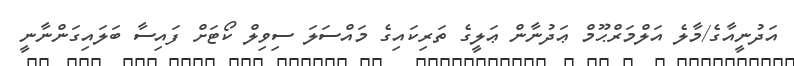
އަދުނީއާގެ/މާލެ އަލްމަރްޙޫމް ޢަދުނާން ޢަލީގެ ތަރިކައިގެ މައްސަލަ ސިވިލް ކޯޓަށް ފައިސާ ބަލައިގަންނާނީ